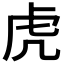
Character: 虎